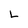
Character: L